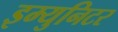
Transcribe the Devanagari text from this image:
इम्युनिटर